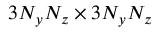
3 N _ { y } N _ { z } \times 3 N _ { y } N _ { z }